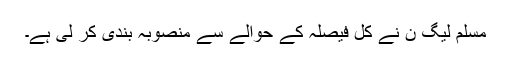
مسلم لیگ ن نے کل فیصلہ کے حوالے سے منصوبہ بندی کر لی ہے۔